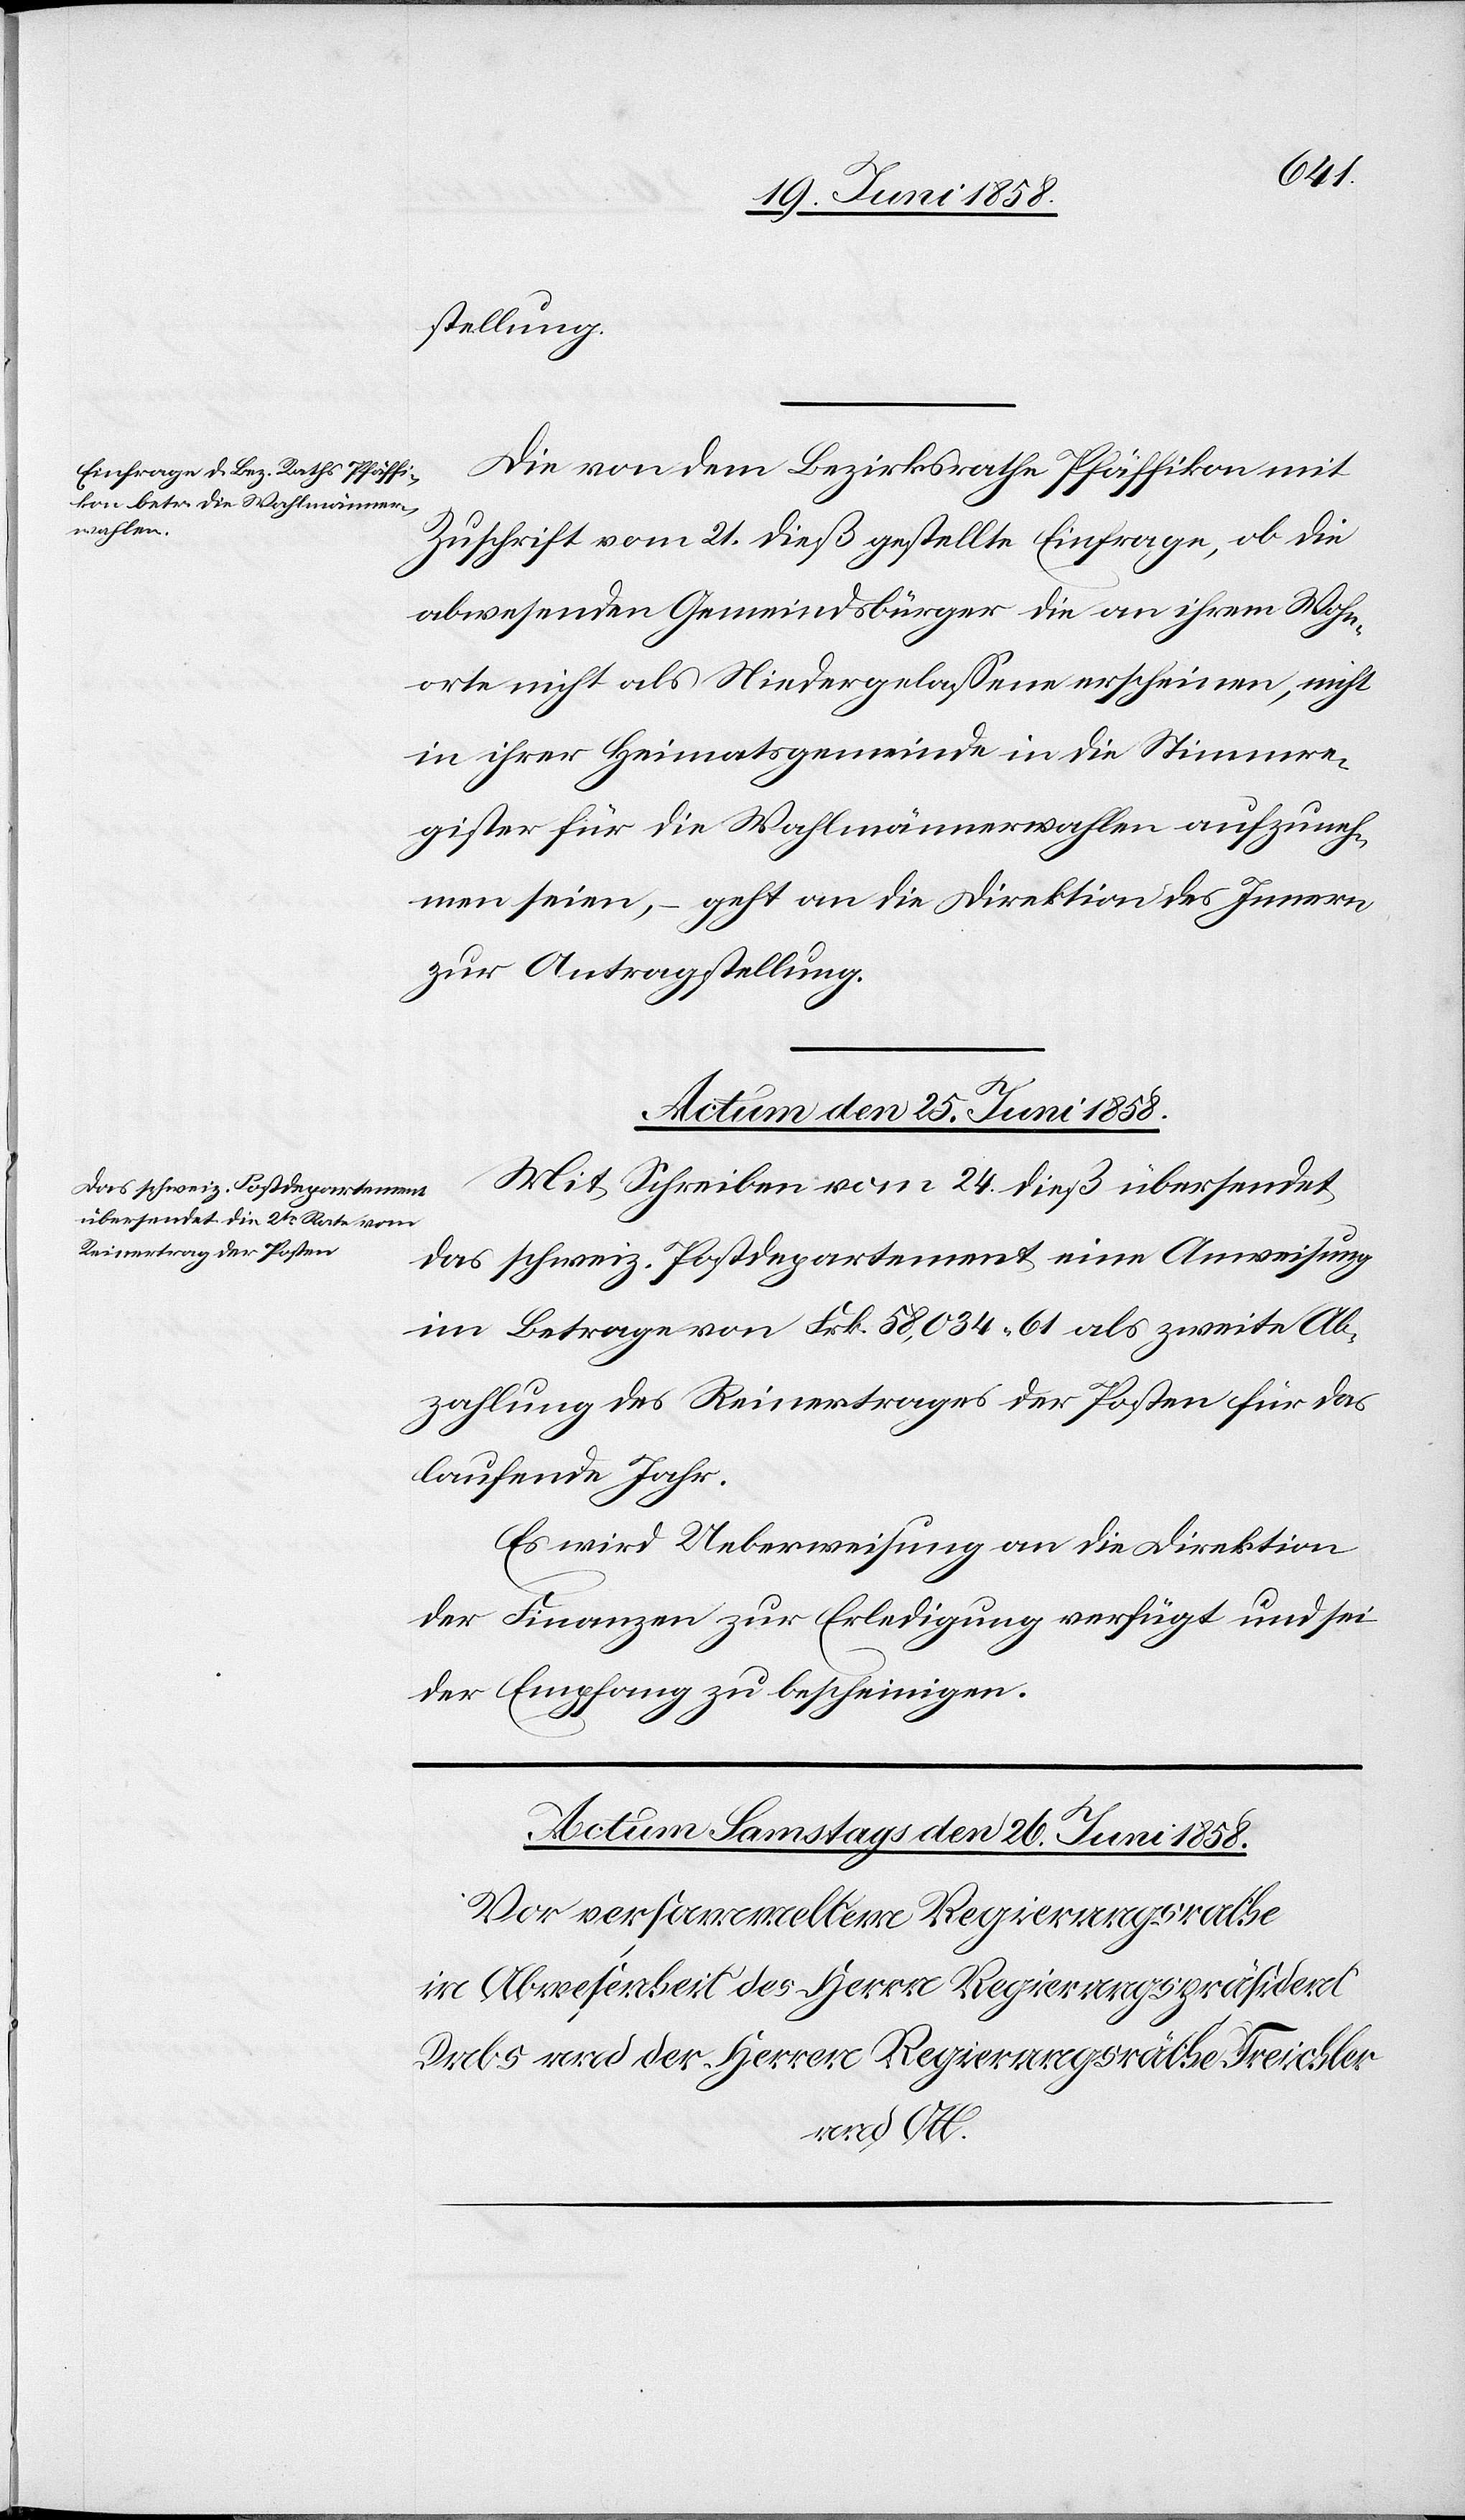
stellung.
Die von dem Bezirksrathe Pfäffikon mit
Zuschrift vom 21. dieß gestellte Einfrage, ob die
abwesenden Gemeindsbürger die an ihrem Wohn¬
orte nicht als Niedergelassene erscheinen, nicht
in ihrer Heimatsgemeinde in die Stimmre¬
gister für die Wahlmännerwahlen aufzuneh¬
men seien, – geht an die Direktion des Innern
zur Antragstellung.
Actum den 25. Juni 1858.
Mit Schreiben vom 24. dieß übersendet
das schweiz. Postdepartement eine Anweisung
im Betrage von Frk. 58,034. 61 als zweite Ab¬
zahlung des Reinertrages der Posten für das
laufende Jahr.
Es wird Ueberweisung an die Direktion
der Finanzen zur Erledigung verfügt und sei
der Empfang zu bescheinigen.